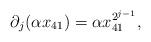
LaTeX: \begin{align*}\partial_j(\alpha x_{41})=\alpha x_{41}^{2^{j-1}},\end{align*}